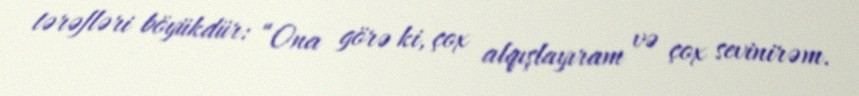
tərəfləri böyükdür: “Ona görə ki, çox alqışlayıram və çox sevinirəm.